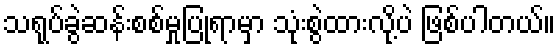
သရုပ်ခွဲဆန်းစစ်မှုပြုရာမှာ သုံးစွဲထားလို့ပဲ ဖြစ်ပါတယ်။